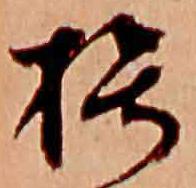
朽